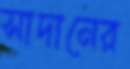
সাদানের